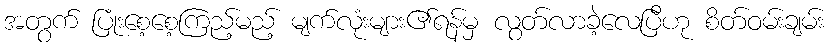
အတွက် ပြုံးစေ့စေ့ကြည့်မည့် မျက်လုံးများ၏ရန်မှ လွတ်လာခဲ့လေပြီဟု စိတ်ဝမ်းချမ်း